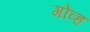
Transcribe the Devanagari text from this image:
गोव्ह